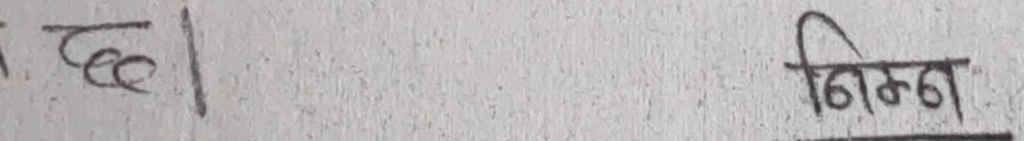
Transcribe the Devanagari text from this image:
छ । निम्न